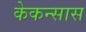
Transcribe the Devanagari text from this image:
केकन्सास